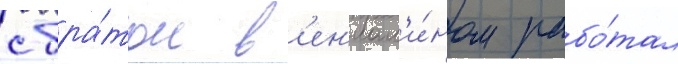
с бра́том в'ен'иам'и́ном рабо́тал